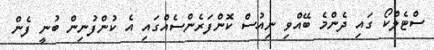
ސްޓެލްކޯ ގައި ދެންމެ ބޭއްވި ނިއުސް ކޮންފަރެންސެއްގައި އެ ކުންފުނިން ބުނީ ފެން